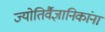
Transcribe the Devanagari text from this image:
ज्योतिर्वैज्ञानिकांना